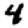
Digit: 4